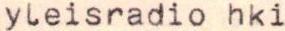
yleisradio hki